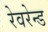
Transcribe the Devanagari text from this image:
रेवरेन्ड